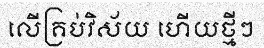
លើគ្រប់វិស័យ ហើយថ្មីៗ